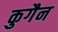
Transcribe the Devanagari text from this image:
कुगैन